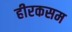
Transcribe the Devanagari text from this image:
हीरकसम